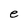
Character: e